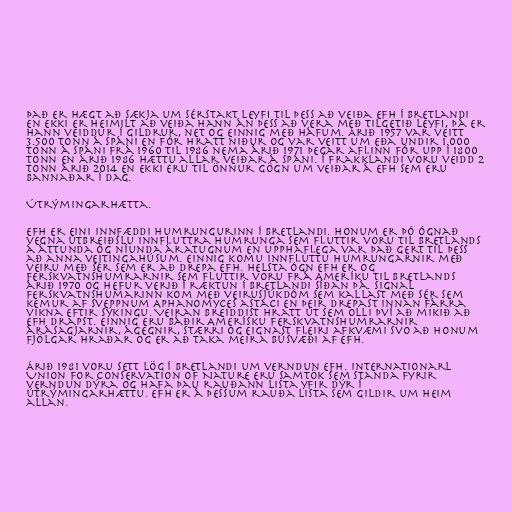
Það er hægt að sækja um sérstakt leyfi til þess að veiða EFH í Bretlandi
en ekki er heimilt að veiða hann án þess að vera með tilgetið leyfi, þá er
hann veiddur í gildrur, net og einnig með háfum. Árið 1957 var veitt
3.500 tonn á Spáni en fór hratt niður og var veitt um eða undir 1.000
tonn á Spáni frá 1960 til 1986 nema árið 1971 þegar aflinn fór upp í 1800
tonn en árið 1986 hættu allar veiðar á Spáni. Í Frakklandi voru veidd 2
tonn árið 2014 en ekki eru til önnur gögn um veiðar á EFH sem eru
bannaðar í dag.

Útrýmingarhætta.

EFH er eini innfæddi humrungurinn í Bretlandi. Honum er þó ógnað
vegna útbreiðslu innfluttra humrunga sem fluttir voru til Bretlands
á áttunda og níunda áratugnum en upphaflega var það gert til þess
að anna veitingahúsum. Einnig komu innfluttu humrungarnir með
veiru með sér sem er að drepa EFH. Helsta ógn EFH er og
ferskvatnshumrarnir sem fluttir voru frá Ameríku til Bretlands
árið 1970 og hefur verið í ræktun í Bretlandi síðan þá. Signal
ferskvatnshumarinn kom með veirusjúkdóm sem kallast með sér sem
kemur af sveppnum Aphanomyces astaci en þeir drepast innan fárra
vikna eftir sýkingu. Veiran breiddist hratt út sem olli því að mikið að
EFH drapst. Einnig eru báðir Amerísku ferskvatnshumrarnir
árásagjarnir, ágegnir, stærri og eignast fleiri afkvæmi svo að honum
fjölgar hraðar og er að taka meira búsvæði af EFH.

Árið 1981 voru sett lög í Bretlandi um verndun EFH. Internationarl
Union for Conservation of Nature eru samtök sem standa fyrir
verndun dýra og hafa þau rauðann lista yfir dýr í
útrýmingarhættu. EFH er á þessum rauða lista sem gildir um heim
allan.